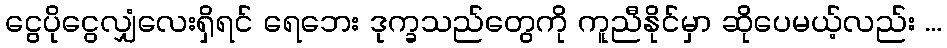
ငွေပိုငွေလျှံလေးရှိရင် ရေဘေး ဒုက္ခသည်တွေကို ကူညီနိုင်မှာ ဆိုပေမယ့်လည်း ...